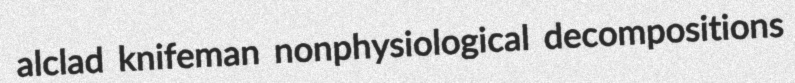
alclad knifeman nonphysiological decompositions